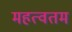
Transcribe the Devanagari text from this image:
महत्वतम